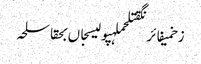
زخمیفائرنگقتلحملہپولیسجاں بحقاسلحہ